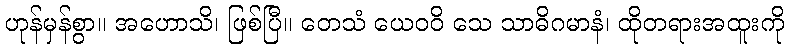
ဟုန်မှန်စွာ။ အဟောသိ၊ ဖြစ်ပြီ။ တေသံ ယေဝဝိ သေ သာဓိဂမာနံ၊ ထိုတရားအထူးကို